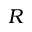
R